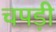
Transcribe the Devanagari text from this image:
चपड़ी